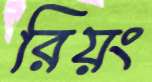
রিয়ং